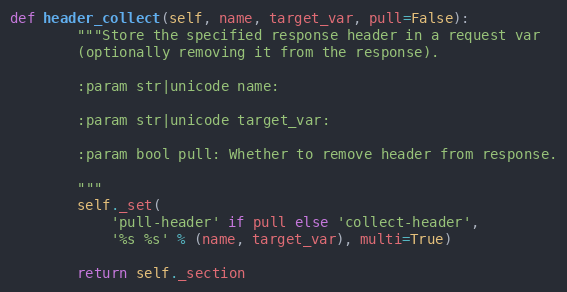
Language: Python
def header_collect(self, name, target_var, pull=False):
        """Store the specified response header in a request var
        (optionally removing it from the response).

        :param str|unicode name:

        :param str|unicode target_var:

        :param bool pull: Whether to remove header from response.

        """
        self._set(
            'pull-header' if pull else 'collect-header',
            '%s %s' % (name, target_var), multi=True)

        return self._section